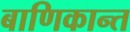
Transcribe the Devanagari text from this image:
बाणिकान्त